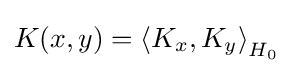
K(x,y)=\left\langle K_{x},K_{y}\right\rangle _{H_{0}}